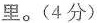
里。(4分)